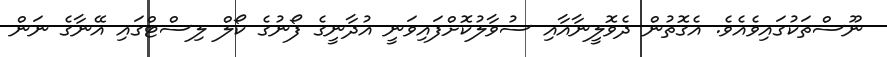
ނޫސްތަކުގައިވެއެވެ. އެގޮތުން ދެވޮލީނާއާއި ސުވާލުކޮށްފައިވަނީ އުދާނީގެ ފޯނުގެ ކޯލް ލިސްޓްގައި އޭނާގެ ނަން